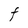
Character: t